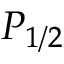
P _ { 1 / 2 }